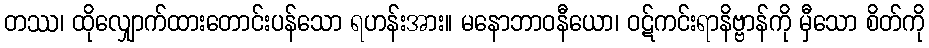
တဿ၊ ထိုလျှောက်ထားတောင်းပန်သော ရဟန်းအား။ မနောဘာဝနီယော၊ ဝဋ်ကင်းရာနိဗ္ဗာန်ကို မှီသော စိတ်ကို